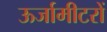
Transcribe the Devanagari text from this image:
ऊर्जामीटरों